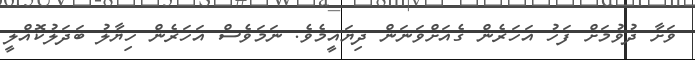
ވަށާ ދުވުމަށް ފަހު އަހަރެން ގެއަށްވަނަން ދިޔައީމެވެ. ނަމަވެސް އަހަރެން ހިޔާލު ބަދަލުކޮއްލީ